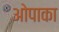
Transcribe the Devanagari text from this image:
ओपाका